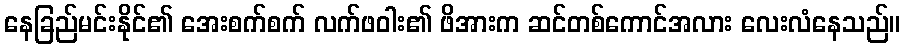
နေခြည်မင်းနိုင်၏ အေးစက်စက် လက်ဖဝါး၏ ဖိအားက ဆင်တစ်ကောင်အလား လေးလံနေသည်။